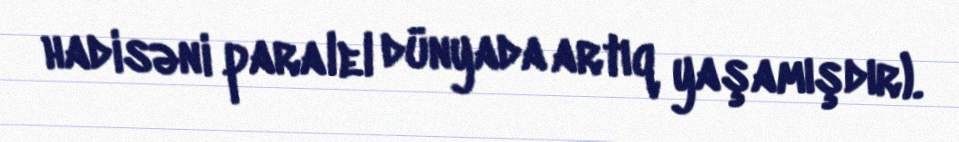
hadisəni paralel dünyada artıq yaşamışdır).